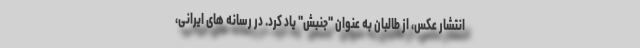
انتشار عکس، از طالبان به عنوان "جنبش" یاد کرد. در رسانه های ایرانی،